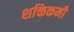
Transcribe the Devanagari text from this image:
शक्तिकमी